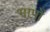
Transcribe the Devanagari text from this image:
भापों